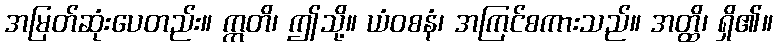
အမြတ်ဆုံးပေတည်း။ ဣတိ၊ ဤသို့။ ယံဝစနံ၊ အကြင်စကားသည်။ အတ္ထိ၊ ရှိ၏။